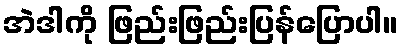
အဲဒါကို ဖြည်းဖြည်းပြန်ပြောပါ။